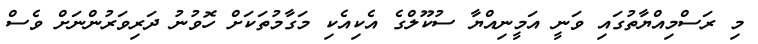
މި ރަސްމިއްޔާތުގައި ވަނީ އަމީނިއްޔާ ސުކޫލްގެ އެކިއެކި މަގާމުތަކަށް ހޮވުނު ދަރިވަރުންނަށް ވެސް